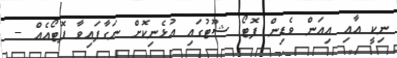
ނިކީ އާއި އިއަން ވެޑިން ފޮޓޯ ޝޫޓުގައި އުޅެނިކޮށް ނަގާފައިވާ ފޮޓޯއެއް --